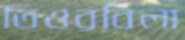
তিওরবিলা